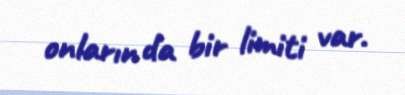
onların da bir limiti var.